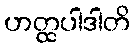
ဟတ္ထပါဒါတိ